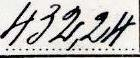
432,24